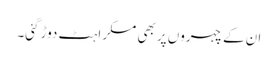
ان کے چہروں پر بھی مسکراہٹ دوڑ گئی۔